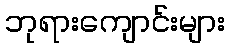
ဘုရားကျောင်းများ